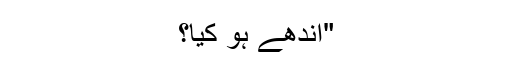
"اندھے ہو کیا؟